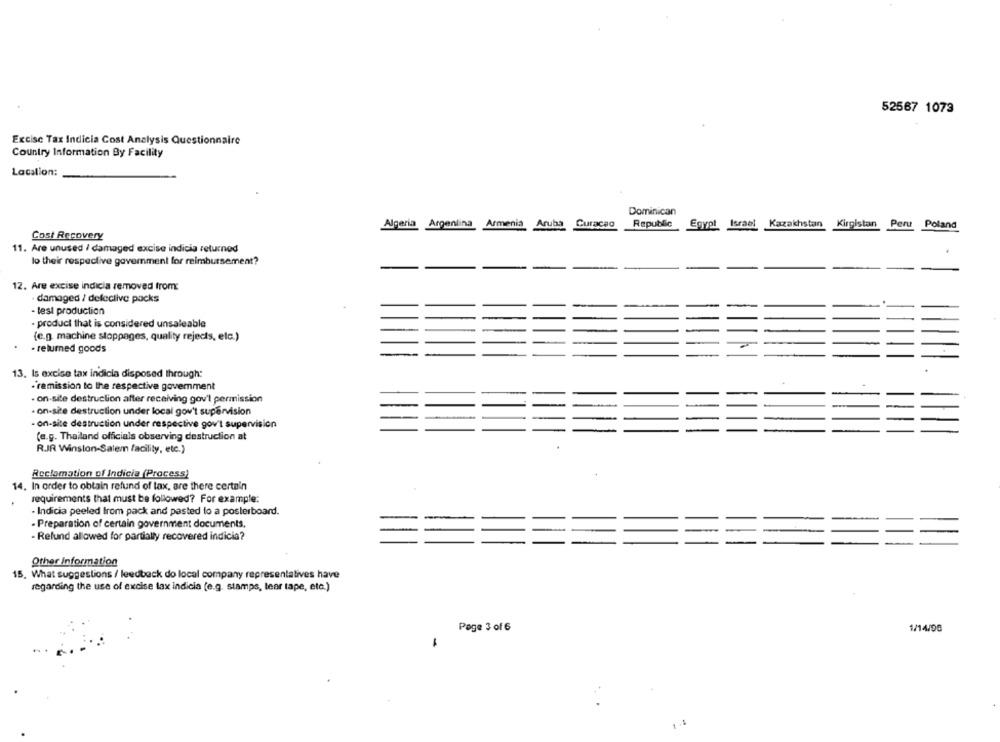
52567 1073
Excise Tax Indicia Cost Analysis Questionnaire
Country Information By Facility
Location:
Dominican
Republic
Algeria Argentina Armenia Aruba Curacao
Egypt Israel Kazakhstan Kirgistan Peru Poland
Cost Recovery
11. Are unused / damaged excise indicia returned
lo their respective gavemment for reimbursement?
12. Are excise indicia removed from:
· damaged / defective packs
- test production
- product that is considered unsaleable
(e.g machine stoppages, quality rejects, etc.)
. returned goods
13. Is excise tax indicia disposed through:
-remission to the respective goverment
- on-site destruction after receiving gov't permission
- on-site destruction under local gov't supervision
- on-site destruction under respective gov't supervision
(e.g. Thailand officials observing destruction at
R.JR Winston-Salem facility, etc.)
Reclamation of Indicia (Process)
14. In order to obtain refund of tax, are there certain
requirements that must be followed? For example:
- Indicia peeled from pack and pasted lo a posterboard.
- Preparation of certain government documents.
- Refund allowed for partially recovered indicia?
Other Information
15. What suggestions / leedback do local company representatives have
regarding the use of excise tax indicia (e.g. stamps, tear tape, etc.)
Page 3 of 6
1/14/96
-